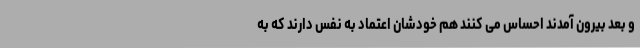
و بعد بیرون آمدند احساس می کنند هم خودشان اعتماد به نفس دارند که به